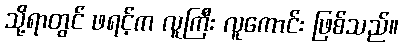
သို့ရာတွင် ဖရင့်က လူကြီး လူကောင်း ဖြစ်သည်။